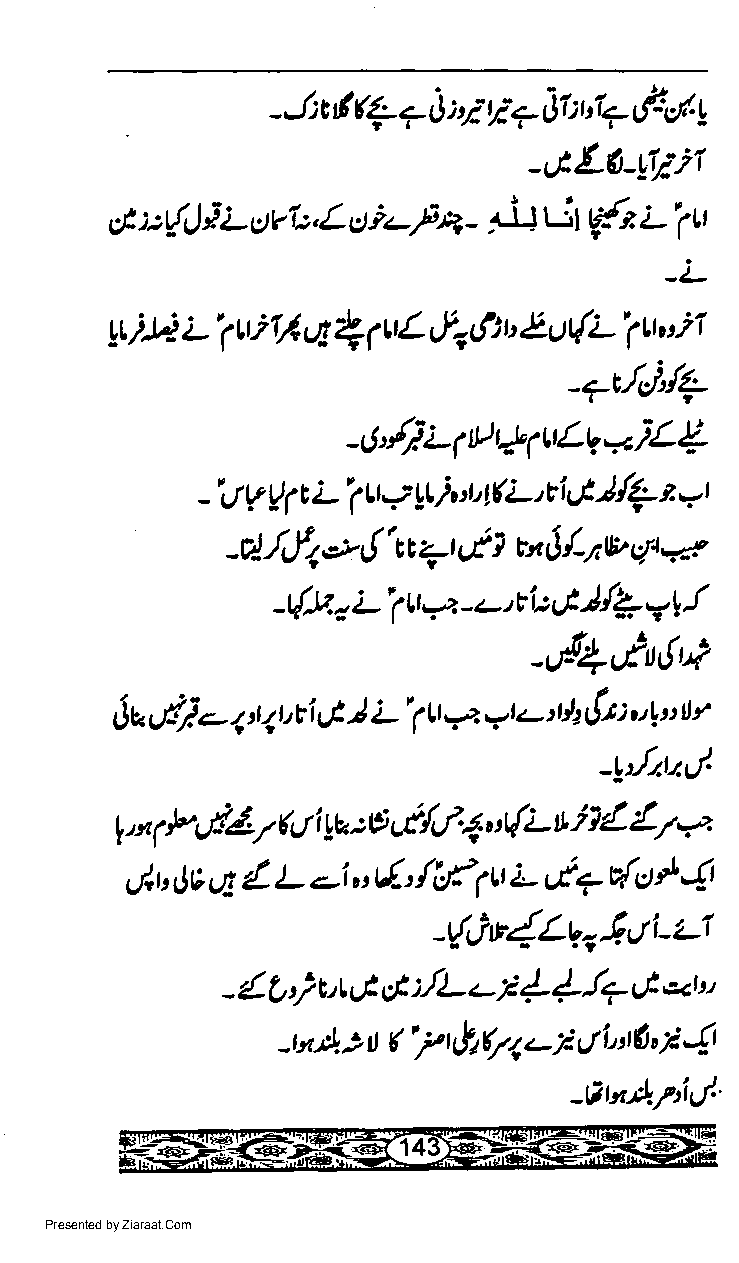
fu      ;';';
 - J; c 1 7 J    * Jt :  F,/. a
 ":4
 -&L6-Liili
 g ::r{J } L uv'*,L oiz-24- P;wt {z ;-i.u
 L'llfltt!{pL    t
 6,t,Lu(L'(h'i1
 Ltili
 -7r/J,/1
 -O'/)i4tl41tEe+iL{
 -'tt t1 r! t L'1 tt -z trAl 't 4( L'ti Ut )/A- t -l
 1
 *
 /,.fa  { ic  6  1 tu /- v  a?
 -d-          7t      $  17 c/1
 I
 L    4  -'t   6'1{L
 -d.U,    t   -   r:      v|
 7
 -rd{6rt(u?
 v(ia-        I L' (r<a,-,u     :.1" r,
 Ja     <,r <t,ti ut,       -'ti1!.t  u
 _t4)l.trl
 r,.,,2 l*fi37 ftt i ya :a cil.4 "dL fi 1 L t7 a
 4 l-       /[t'   Lvt?     ] 4
 &u  Je.i     -i,' ul-'  1t      dct
 -{itlzu-6'ti-z-r
 4. ; vt I cil.lL c I { ! !7,.f "
 -  L
 ',,r
 ltA     ('7ufi(7 r-lt/L't(t, I 4
 > rt
 -tttr.,!.PiUl
 Presented by Ziaraat.Com